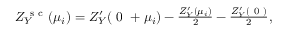
\begin{array} { r } { Z _ { Y } ^ { \mathrm { ~ s ~ c ~ } } ( { \mu _ { i } } ) = Z _ { Y } ^ { \prime } ( { \mathrm { ~ 0 ~ } + \mu _ { i } } ) - \frac { Z _ { Y } ^ { \prime } ( { \mu _ { i } } ) } { 2 } - \frac { Z _ { Y } ^ { \prime } ( { \mathrm { ~ 0 ~ } } ) } { 2 } , } \end{array}